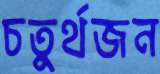
চতুর্থজন